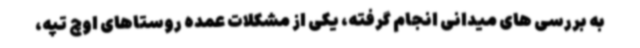
به بررسی های میدانی انجام گرفته، یکی از مشکلات عمده روستاهای اوچ تپه،